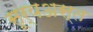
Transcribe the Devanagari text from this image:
सूर्यअस्त